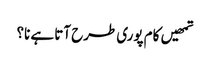
تمھیں کام پوری طرح آتا ہے نا؟